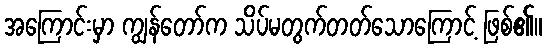
အကြောင်းမှာ ကျွန်တော်က သိပ်မတွက်တတ်သောကြောင့် ဖြစ်၏။